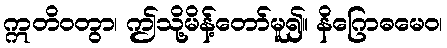
ဣတိဝတွာ၊ ဤသို့မိန့်တော်မူ၍။ နိဂြောဓမေဝ၊